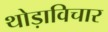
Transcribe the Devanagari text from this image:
थोड़ाविचार